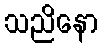
သညိနော